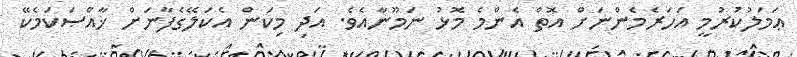
ޢަމަލުކުރުމީ އަހަރެމެންނަށް އޮތް އެންމެ މޮޅު ނަމޫނާއެވެ. އަދި މިކަން އެކަލޭގެފާނަށް ޚާއްޞަކަމެކޭ